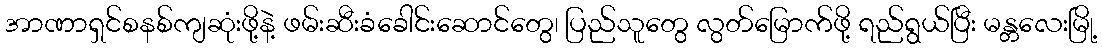
အာဏာရှင်စနစ်ကျဆုံးဖို့နဲ့ ဖမ်းဆီးခံခေါင်းဆောင်တွေ၊ ပြည်သူတွေ လွတ်မြောက်ဖို့ ရည်ရွယ်ပြီး မန္တလေးမြို့